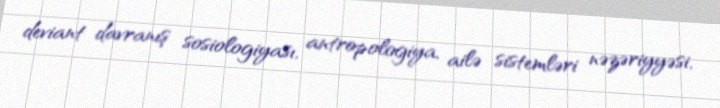
deviant davranış sosiologiyası, antropologiya, ailə sistemləri nəzəriyyəsi,